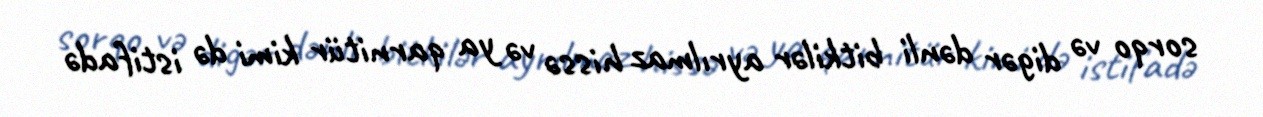
sorqo və digər dənli bitkilər ayrılmaz hissə və ya qarnitür kimi də istifadə